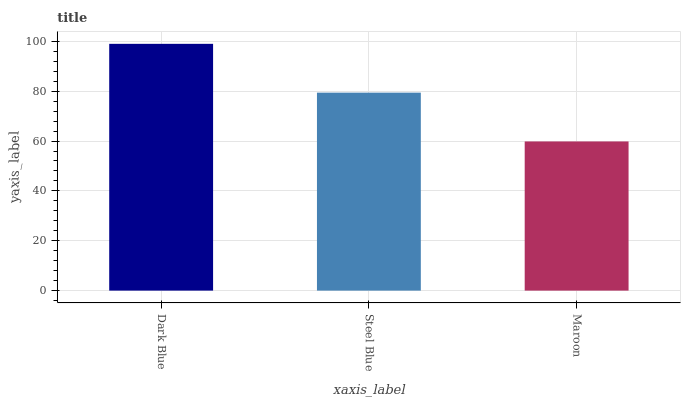
| xaxis_label | bars |
 | --- | --- |
 | Dark Blue | 99 |
 | Steel Blue | 79.4 |
 | Maroon | 59.8 |